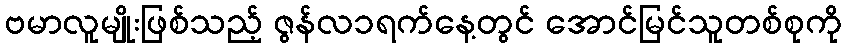
ဗမာလူမျိုးဖြစ်သည့် ဇွန်လ၁ရက်နေ့တွင် အောင်မြင်သူတစ်စုကို